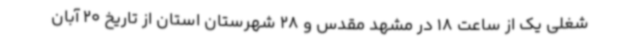
شغلی یک از ساعت 18 در مشهد مقدس و 28 شهرستان استان از تاریخ 20 آبان